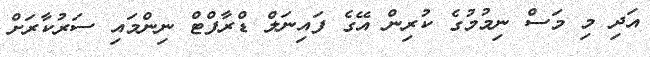
އަދި މި މަސް ނިމުމުގެ ކުރިން އޭގެ ފައިނަލް ޑްރާފްޓް ނިންމައި ސަރުކާރަށް